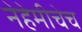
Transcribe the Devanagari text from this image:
नेहेमीचेच